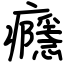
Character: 癮